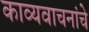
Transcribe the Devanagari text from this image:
काव्यवाचनांचे